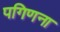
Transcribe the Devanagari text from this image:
पगिणना